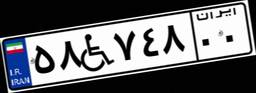
۵۸W۷۴۸۰۰